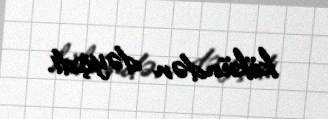
kökündən dəyişdi.